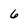
Character: 6